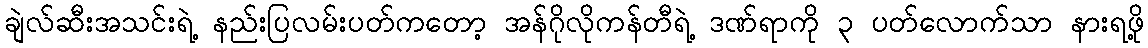
ချဲလ်ဆီးအသင်းရဲ့ နည်းပြလမ်းပတ်ကတော့ အန်ဂိုလိုကန်တီရဲ့ ဒဏ်ရာကို ၃ ပတ်လောက်သာ နားရဖို့